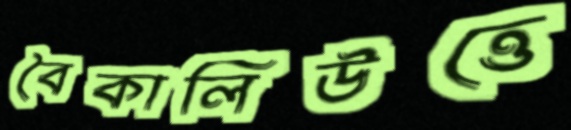
বৈকালিউত্তে